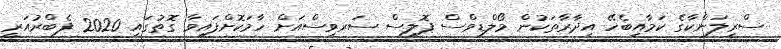
ސްރީލަންކާގެ ކަމާއިބެހޭ އިދާރާތަކުން މޯލްޑިވްސް ޕޮލިސް ސަރވިސްއަށް ހާމަކޮށްފައިވާ ގޮތުގައި 2020 ފެބްރުއަރީ